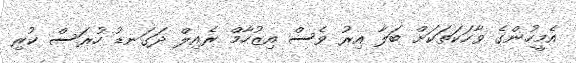
އެމީހުންގެ ވާހަކަތަކަށް ބަލާ އިރު ވެސް އިޒުހާމް ރެއިލް ދަގަނޑު ހުރަސް ކުރި